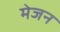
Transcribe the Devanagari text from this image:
मेजन